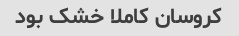
کروسان کاملا خشک بود